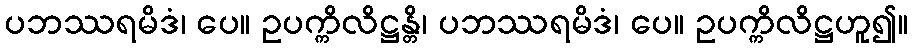
ပဘဿရမိဒံ၊ ပေ။ ဥပက္ကိလိဋ္ဌန္တိ၊ ပဘဿရမိဒံ၊ ပေ။ ဥပက္ကိလိဋ္ဌဟူ၍။